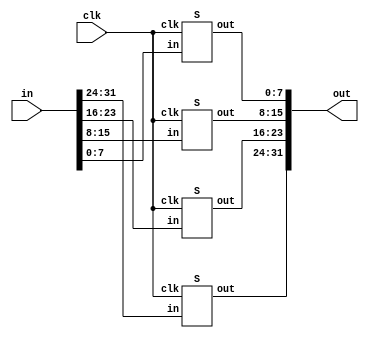
/*
 * Copyright 2012, Homer Hsing <homer.hsing@gmail.com>
 *
 * Licensed under the Apache License, Version 2.0 (the "License");
 * you may not use this file except in compliance with the License.
 * You may obtain a copy of the License at
 *
 * http://www.apache.org/licenses/LICENSE-2.0
 *
 * Unless required by applicable law or agreed to in writing, software
 * distributed under the License is distributed on an "AS IS" BASIS,
 * WITHOUT WARRANTIES OR CONDITIONS OF ANY KIND, either express or implied.
 * See the License for the specific language governing permissions and
 * limitations under the License.
 */

 /* substitute four bytes in a word */
 module S4 (clk, in, out);
     input clk;
     input [31:0] in;
     output [31:0] out;

     S
         S_0 (clk, in[31:24], out[31:24]),
         S_1 (clk, in[23:16], out[23:16]),
         S_2 (clk, in[15:8],  out[15:8] ),
         S_3 (clk, in[7:0],   out[7:0]  );
 endmodule

module aes_128(clk, state, key, out);
    input          clk;
    input  [127:0] state, key;
    output [127:0] out;
    reg    [127:0] s0, k0;
    wire   [127:0] s1, s2, s3, s4, s5, s6, s7, s8, s9,
                   k1, k2, k3, k4, k5, k6, k7, k8, k9,
                   k0b, k1b, k2b, k3b, k4b, k5b, k6b, k7b, k8b, k9b;

    always @ (posedge clk)
      begin
        s0 <= state ^ key;
        k0 <= key;
      end

    expand_key_128
        a1 (clk, k0, k1, k0b, 8'h1),
        a2 (clk, k1, k2, k1b, 8'h2),
        a3 (clk, k2, k3, k2b, 8'h4),
        a4 (clk, k3, k4, k3b, 8'h8),
        a5 (clk, k4, k5, k4b, 8'h10),
        a6 (clk, k5, k6, k5b, 8'h20),
        a7 (clk, k6, k7, k6b, 8'h40),
        a8 (clk, k7, k8, k7b, 8'h80),
        a9 (clk, k8, k9, k8b, 8'h1b),
       a10 (clk, k9,   , k9b, 8'h36);

    one_round
        r1 (clk, s0, k0b, s1),
        r2 (clk, s1, k1b, s2),
        r3 (clk, s2, k2b, s3),
        r4 (clk, s3, k3b, s4),
        r5 (clk, s4, k4b, s5),
        r6 (clk, s5, k5b, s6),
        r7 (clk, s6, k6b, s7),
        r8 (clk, s7, k7b, s8),
        r9 (clk, s8, k8b, s9);

    final_round
        rf (clk, s9, k9b, out);
endmodule

module expand_key_128(clk, in, out_1, out_2, rcon);
    input              clk;
    input      [127:0] in;
    input      [7:0]   rcon;
    output reg [127:0] out_1;
    output     [127:0] out_2;
    wire       [31:0]  k0, k1, k2, k3,
                       v0, v1, v2, v3;
    reg        [31:0]  k0a, k1a, k2a, k3a;
    wire       [31:0]  k0b, k1b, k2b, k3b, k4a;

    assign {k0, k1, k2, k3} = in;
    
    assign v0 = {k0[31:24] ^ rcon, k0[23:0]};
    assign v1 = v0 ^ k1;
    assign v2 = v1 ^ k2;
    assign v3 = v2 ^ k3;

    always @ (posedge clk)
        {k0a, k1a, k2a, k3a} <= {v0, v1, v2, v3};

    S4
        S4_0 (clk, {k3[23:0], k3[31:24]}, k4a);

    assign k0b = k0a ^ k4a;
    assign k1b = k1a ^ k4a;
    assign k2b = k2a ^ k4a;
    assign k3b = k3a ^ k4a;

    always @ (posedge clk)
        out_1 <= {k0b, k1b, k2b, k3b};

    assign out_2 = {k0b, k1b, k2b, k3b};
endmodule

/*
 * Copyright 2012, Homer Hsing <homer.hsing@gmail.com>
 *
 * Licensed under the Apache License, Version 2.0 (the "License");
 * you may not use this file except in compliance with the License.
 * You may obtain a copy of the License at
 *
 * http://www.apache.org/licenses/LICENSE-2.0
 *
 * Unless required by applicable law or agreed to in writing, software
 * distributed under the License is distributed on an "AS IS" BASIS,
 * WITHOUT WARRANTIES OR CONDITIONS OF ANY KIND, either express or implied.
 * See the License for the specific language governing permissions and
 * limitations under the License.
 */

/* one AES round for every two clock cycles */
module one_round (clk, state_in, key, state_out);
    input              clk;
    input      [127:0] state_in, key;
    output reg [127:0] state_out;
    wire       [31:0]  s0,  s1,  s2,  s3,
                       z0,  z1,  z2,  z3,
                       p00, p01, p02, p03,
                       p10, p11, p12, p13,
                       p20, p21, p22, p23,
                       p30, p31, p32, p33,
                       k0,  k1,  k2,  k3;

    assign {k0, k1, k2, k3} = key;

    assign {s0, s1, s2, s3} = state_in;

    table_lookup
        t0 (clk, s0, p00, p01, p02, p03),
        t1 (clk, s1, p10, p11, p12, p13),
        t2 (clk, s2, p20, p21, p22, p23),
        t3 (clk, s3, p30, p31, p32, p33);

    assign z0 = p00 ^ p11 ^ p22 ^ p33 ^ k0;
    assign z1 = p03 ^ p10 ^ p21 ^ p32 ^ k1;
    assign z2 = p02 ^ p13 ^ p20 ^ p31 ^ k2;
    assign z3 = p01 ^ p12 ^ p23 ^ p30 ^ k3;

    always @ (posedge clk)
        state_out <= {z0, z1, z2, z3};
endmodule

/* AES final round for every two clock cycles */
module final_round (clk, state_in, key_in, state_out);
    input              clk;
    input      [127:0] state_in;
    input      [127:0] key_in;
    output reg [127:0] state_out;
    wire [31:0] s0,  s1,  s2,  s3,
                z0,  z1,  z2,  z3,
                k0,  k1,  k2,  k3;
    wire [7:0]  p00, p01, p02, p03,
                p10, p11, p12, p13,
                p20, p21, p22, p23,
                p30, p31, p32, p33;
    
    assign {k0, k1, k2, k3} = key_in;
    
    assign {s0, s1, s2, s3} = state_in;

    S4
        S4_1 (clk, s0, {p00, p01, p02, p03}),
        S4_2 (clk, s1, {p10, p11, p12, p13}),
        S4_3 (clk, s2, {p20, p21, p22, p23}),
        S4_4 (clk, s3, {p30, p31, p32, p33});

    assign z0 = {p00, p11, p22, p33} ^ k0;
    assign z1 = {p10, p21, p32, p03} ^ k1;
    assign z2 = {p20, p31, p02, p13} ^ k2;
    assign z3 = {p30, p01, p12, p23} ^ k3;

    always @ (posedge clk)
        state_out <= {z0, z1, z2, z3};
endmodule

/*
 * Copyright 2012, Homer Hsing <homer.hsing@gmail.com>
 *
 * Licensed under the Apache License, Version 2.0 (the "License");
 * you may not use this file except in compliance with the License.
 * You may obtain a copy of the License at
 *
 * http://www.apache.org/licenses/LICENSE-2.0
 *
 * Unless required by applicable law or agreed to in writing, software
 * distributed under the License is distributed on an "AS IS" BASIS,
 * WITHOUT WARRANTIES OR CONDITIONS OF ANY KIND, either express or implied.
 * See the License for the specific language governing permissions and
 * limitations under the License.
 */

module table_lookup (clk, state, p0, p1, p2, p3);
    input clk;
    input [31:0] state;
    output [31:0] p0, p1, p2, p3;
    wire [7:0] b0, b1, b2, b3;
    
    assign {b0, b1, b2, b3} = state;
    T
        t0 (clk, b0, {p0[23:0], p0[31:24]}),
        t1 (clk, b1, {p1[15:0], p1[31:16]}),
        t2 (clk, b2, {p2[7:0],  p2[31:8]} ),
        t3 (clk, b3, p3);
endmodule

/* S_box, S_box, S_box*(x+1), S_box*x */
module T (clk, in, out);
    input         clk;
    input  [7:0]  in;
    output [31:0] out;
    
    S
        s0 (clk, in, out[31:24]);
    assign out[23:16] = out[31:24];
    xS
        s4 (clk, in, out[7:0]);
    assign out[15:8] = out[23:16] ^ out[7:0];
endmodule

/* S box */
module S (clk, in, out);
    input clk;
    input [7:0] in;
    output reg [7:0] out;

    always @ (posedge clk)
    case (in)
    8'h00: out <= 8'h63;
    8'h01: out <= 8'h7c;
    8'h02: out <= 8'h77;
    8'h03: out <= 8'h7b;
    8'h04: out <= 8'hf2;
    8'h05: out <= 8'h6b;
    8'h06: out <= 8'h6f;
    8'h07: out <= 8'hc5;
    8'h08: out <= 8'h30;
    8'h09: out <= 8'h01;
    8'h0a: out <= 8'h67;
    8'h0b: out <= 8'h2b;
    8'h0c: out <= 8'hfe;
    8'h0d: out <= 8'hd7;
    8'h0e: out <= 8'hab;
    8'h0f: out <= 8'h76;
    8'h10: out <= 8'hca;
    8'h11: out <= 8'h82;
    8'h12: out <= 8'hc9;
    8'h13: out <= 8'h7d;
    8'h14: out <= 8'hfa;
    8'h15: out <= 8'h59;
    8'h16: out <= 8'h47;
    8'h17: out <= 8'hf0;
    8'h18: out <= 8'had;
    8'h19: out <= 8'hd4;
    8'h1a: out <= 8'ha2;
    8'h1b: out <= 8'haf;
    8'h1c: out <= 8'h9c;
    8'h1d: out <= 8'ha4;
    8'h1e: out <= 8'h72;
    8'h1f: out <= 8'hc0;
    8'h20: out <= 8'hb7;
    8'h21: out <= 8'hfd;
    8'h22: out <= 8'h93;
    8'h23: out <= 8'h26;
    8'h24: out <= 8'h36;
    8'h25: out <= 8'h3f;
    8'h26: out <= 8'hf7;
    8'h27: out <= 8'hcc;
    8'h28: out <= 8'h34;
    8'h29: out <= 8'ha5;
    8'h2a: out <= 8'he5;
    8'h2b: out <= 8'hf1;
    8'h2c: out <= 8'h71;
    8'h2d: out <= 8'hd8;
    8'h2e: out <= 8'h31;
    8'h2f: out <= 8'h15;
    8'h30: out <= 8'h04;
    8'h31: out <= 8'hc7;
    8'h32: out <= 8'h23;
    8'h33: out <= 8'hc3;
    8'h34: out <= 8'h18;
    8'h35: out <= 8'h96;
    8'h36: out <= 8'h05;
    8'h37: out <= 8'h9a;
    8'h38: out <= 8'h07;
    8'h39: out <= 8'h12;
    8'h3a: out <= 8'h80;
    8'h3b: out <= 8'he2;
    8'h3c: out <= 8'heb;
    8'h3d: out <= 8'h27;
    8'h3e: out <= 8'hb2;
    8'h3f: out <= 8'h75;
    8'h40: out <= 8'h09;
    8'h41: out <= 8'h83;
    8'h42: out <= 8'h2c;
    8'h43: out <= 8'h1a;
    8'h44: out <= 8'h1b;
    8'h45: out <= 8'h6e;
    8'h46: out <= 8'h5a;
    8'h47: out <= 8'ha0;
    8'h48: out <= 8'h52;
    8'h49: out <= 8'h3b;
    8'h4a: out <= 8'hd6;
    8'h4b: out <= 8'hb3;
    8'h4c: out <= 8'h29;
    8'h4d: out <= 8'he3;
    8'h4e: out <= 8'h2f;
    8'h4f: out <= 8'h84;
    8'h50: out <= 8'h53;
    8'h51: out <= 8'hd1;
    8'h52: out <= 8'h00;
    8'h53: out <= 8'hed;
    8'h54: out <= 8'h20;
    8'h55: out <= 8'hfc;
    8'h56: out <= 8'hb1;
    8'h57: out <= 8'h5b;
    8'h58: out <= 8'h6a;
    8'h59: out <= 8'hcb;
    8'h5a: out <= 8'hbe;
    8'h5b: out <= 8'h39;
    8'h5c: out <= 8'h4a;
    8'h5d: out <= 8'h4c;
    8'h5e: out <= 8'h58;
    8'h5f: out <= 8'hcf;
    8'h60: out <= 8'hd0;
    8'h61: out <= 8'hef;
    8'h62: out <= 8'haa;
    8'h63: out <= 8'hfb;
    8'h64: out <= 8'h43;
    8'h65: out <= 8'h4d;
    8'h66: out <= 8'h33;
    8'h67: out <= 8'h85;
    8'h68: out <= 8'h45;
    8'h69: out <= 8'hf9;
    8'h6a: out <= 8'h02;
    8'h6b: out <= 8'h7f;
    8'h6c: out <= 8'h50;
    8'h6d: out <= 8'h3c;
    8'h6e: out <= 8'h9f;
    8'h6f: out <= 8'ha8;
    8'h70: out <= 8'h51;
    8'h71: out <= 8'ha3;
    8'h72: out <= 8'h40;
    8'h73: out <= 8'h8f;
    8'h74: out <= 8'h92;
    8'h75: out <= 8'h9d;
    8'h76: out <= 8'h38;
    8'h77: out <= 8'hf5;
    8'h78: out <= 8'hbc;
    8'h79: out <= 8'hb6;
    8'h7a: out <= 8'hda;
    8'h7b: out <= 8'h21;
    8'h7c: out <= 8'h10;
    8'h7d: out <= 8'hff;
    8'h7e: out <= 8'hf3;
    8'h7f: out <= 8'hd2;
    8'h80: out <= 8'hcd;
    8'h81: out <= 8'h0c;
    8'h82: out <= 8'h13;
    8'h83: out <= 8'hec;
    8'h84: out <= 8'h5f;
    8'h85: out <= 8'h97;
    8'h86: out <= 8'h44;
    8'h87: out <= 8'h17;
    8'h88: out <= 8'hc4;
    8'h89: out <= 8'ha7;
    8'h8a: out <= 8'h7e;
    8'h8b: out <= 8'h3d;
    8'h8c: out <= 8'h64;
    8'h8d: out <= 8'h5d;
    8'h8e: out <= 8'h19;
    8'h8f: out <= 8'h73;
    8'h90: out <= 8'h60;
    8'h91: out <= 8'h81;
    8'h92: out <= 8'h4f;
    8'h93: out <= 8'hdc;
    8'h94: out <= 8'h22;
    8'h95: out <= 8'h2a;
    8'h96: out <= 8'h90;
    8'h97: out <= 8'h88;
    8'h98: out <= 8'h46;
    8'h99: out <= 8'hee;
    8'h9a: out <= 8'hb8;
    8'h9b: out <= 8'h14;
    8'h9c: out <= 8'hde;
    8'h9d: out <= 8'h5e;
    8'h9e: out <= 8'h0b;
    8'h9f: out <= 8'hdb;
    8'ha0: out <= 8'he0;
    8'ha1: out <= 8'h32;
    8'ha2: out <= 8'h3a;
    8'ha3: out <= 8'h0a;
    8'ha4: out <= 8'h49;
    8'ha5: out <= 8'h06;
    8'ha6: out <= 8'h24;
    8'ha7: out <= 8'h5c;
    8'ha8: out <= 8'hc2;
    8'ha9: out <= 8'hd3;
    8'haa: out <= 8'hac;
    8'hab: out <= 8'h62;
    8'hac: out <= 8'h91;
    8'had: out <= 8'h95;
    8'hae: out <= 8'he4;
    8'haf: out <= 8'h79;
    8'hb0: out <= 8'he7;
    8'hb1: out <= 8'hc8;
    8'hb2: out <= 8'h37;
    8'hb3: out <= 8'h6d;
    8'hb4: out <= 8'h8d;
    8'hb5: out <= 8'hd5;
    8'hb6: out <= 8'h4e;
    8'hb7: out <= 8'ha9;
    8'hb8: out <= 8'h6c;
    8'hb9: out <= 8'h56;
    8'hba: out <= 8'hf4;
    8'hbb: out <= 8'hea;
    8'hbc: out <= 8'h65;
    8'hbd: out <= 8'h7a;
    8'hbe: out <= 8'hae;
    8'hbf: out <= 8'h08;
    8'hc0: out <= 8'hba;
    8'hc1: out <= 8'h78;
    8'hc2: out <= 8'h25;
    8'hc3: out <= 8'h2e;
    8'hc4: out <= 8'h1c;
    8'hc5: out <= 8'ha6;
    8'hc6: out <= 8'hb4;
    8'hc7: out <= 8'hc6;
    8'hc8: out <= 8'he8;
    8'hc9: out <= 8'hdd;
    8'hca: out <= 8'h74;
    8'hcb: out <= 8'h1f;
    8'hcc: out <= 8'h4b;
    8'hcd: out <= 8'hbd;
    8'hce: out <= 8'h8b;
    8'hcf: out <= 8'h8a;
    8'hd0: out <= 8'h70;
    8'hd1: out <= 8'h3e;
    8'hd2: out <= 8'hb5;
    8'hd3: out <= 8'h66;
    8'hd4: out <= 8'h48;
    8'hd5: out <= 8'h03;
    8'hd6: out <= 8'hf6;
    8'hd7: out <= 8'h0e;
    8'hd8: out <= 8'h61;
    8'hd9: out <= 8'h35;
    8'hda: out <= 8'h57;
    8'hdb: out <= 8'hb9;
    8'hdc: out <= 8'h86;
    8'hdd: out <= 8'hc1;
    8'hde: out <= 8'h1d;
    8'hdf: out <= 8'h9e;
    8'he0: out <= 8'he1;
    8'he1: out <= 8'hf8;
    8'he2: out <= 8'h98;
    8'he3: out <= 8'h11;
    8'he4: out <= 8'h69;
    8'he5: out <= 8'hd9;
    8'he6: out <= 8'h8e;
    8'he7: out <= 8'h94;
    8'he8: out <= 8'h9b;
    8'he9: out <= 8'h1e;
    8'hea: out <= 8'h87;
    8'heb: out <= 8'he9;
    8'hec: out <= 8'hce;
    8'hed: out <= 8'h55;
    8'hee: out <= 8'h28;
    8'hef: out <= 8'hdf;
    8'hf0: out <= 8'h8c;
    8'hf1: out <= 8'ha1;
    8'hf2: out <= 8'h89;
    8'hf3: out <= 8'h0d;
    8'hf4: out <= 8'hbf;
    8'hf5: out <= 8'he6;
    8'hf6: out <= 8'h42;
    8'hf7: out <= 8'h68;
    8'hf8: out <= 8'h41;
    8'hf9: out <= 8'h99;
    8'hfa: out <= 8'h2d;
    8'hfb: out <= 8'h0f;
    8'hfc: out <= 8'hb0;
    8'hfd: out <= 8'h54;
    8'hfe: out <= 8'hbb;
    8'hff: out <= 8'h16;
    endcase
endmodule

/* S box * x */
module xS (clk, in, out);
    input clk;
    input [7:0] in;
    output reg [7:0] out;

    always @ (posedge clk)
    case (in)
    8'h00: out <= 8'hc6;
    8'h01: out <= 8'hf8;
    8'h02: out <= 8'hee;
    8'h03: out <= 8'hf6;
    8'h04: out <= 8'hff;
    8'h05: out <= 8'hd6;
    8'h06: out <= 8'hde;
    8'h07: out <= 8'h91;
    8'h08: out <= 8'h60;
    8'h09: out <= 8'h02;
    8'h0a: out <= 8'hce;
    8'h0b: out <= 8'h56;
    8'h0c: out <= 8'he7;
    8'h0d: out <= 8'hb5;
    8'h0e: out <= 8'h4d;
    8'h0f: out <= 8'hec;
    8'h10: out <= 8'h8f;
    8'h11: out <= 8'h1f;
    8'h12: out <= 8'h89;
    8'h13: out <= 8'hfa;
    8'h14: out <= 8'hef;
    8'h15: out <= 8'hb2;
    8'h16: out <= 8'h8e;
    8'h17: out <= 8'hfb;
    8'h18: out <= 8'h41;
    8'h19: out <= 8'hb3;
    8'h1a: out <= 8'h5f;
    8'h1b: out <= 8'h45;
    8'h1c: out <= 8'h23;
    8'h1d: out <= 8'h53;
    8'h1e: out <= 8'he4;
    8'h1f: out <= 8'h9b;
    8'h20: out <= 8'h75;
    8'h21: out <= 8'he1;
    8'h22: out <= 8'h3d;
    8'h23: out <= 8'h4c;
    8'h24: out <= 8'h6c;
    8'h25: out <= 8'h7e;
    8'h26: out <= 8'hf5;
    8'h27: out <= 8'h83;
    8'h28: out <= 8'h68;
    8'h29: out <= 8'h51;
    8'h2a: out <= 8'hd1;
    8'h2b: out <= 8'hf9;
    8'h2c: out <= 8'he2;
    8'h2d: out <= 8'hab;
    8'h2e: out <= 8'h62;
    8'h2f: out <= 8'h2a;
    8'h30: out <= 8'h08;
    8'h31: out <= 8'h95;
    8'h32: out <= 8'h46;
    8'h33: out <= 8'h9d;
    8'h34: out <= 8'h30;
    8'h35: out <= 8'h37;
    8'h36: out <= 8'h0a;
    8'h37: out <= 8'h2f;
    8'h38: out <= 8'h0e;
    8'h39: out <= 8'h24;
    8'h3a: out <= 8'h1b;
    8'h3b: out <= 8'hdf;
    8'h3c: out <= 8'hcd;
    8'h3d: out <= 8'h4e;
    8'h3e: out <= 8'h7f;
    8'h3f: out <= 8'hea;
    8'h40: out <= 8'h12;
    8'h41: out <= 8'h1d;
    8'h42: out <= 8'h58;
    8'h43: out <= 8'h34;
    8'h44: out <= 8'h36;
    8'h45: out <= 8'hdc;
    8'h46: out <= 8'hb4;
    8'h47: out <= 8'h5b;
    8'h48: out <= 8'ha4;
    8'h49: out <= 8'h76;
    8'h4a: out <= 8'hb7;
    8'h4b: out <= 8'h7d;
    8'h4c: out <= 8'h52;
    8'h4d: out <= 8'hdd;
    8'h4e: out <= 8'h5e;
    8'h4f: out <= 8'h13;
    8'h50: out <= 8'ha6;
    8'h51: out <= 8'hb9;
    8'h52: out <= 8'h00;
    8'h53: out <= 8'hc1;
    8'h54: out <= 8'h40;
    8'h55: out <= 8'he3;
    8'h56: out <= 8'h79;
    8'h57: out <= 8'hb6;
    8'h58: out <= 8'hd4;
    8'h59: out <= 8'h8d;
    8'h5a: out <= 8'h67;
    8'h5b: out <= 8'h72;
    8'h5c: out <= 8'h94;
    8'h5d: out <= 8'h98;
    8'h5e: out <= 8'hb0;
    8'h5f: out <= 8'h85;
    8'h60: out <= 8'hbb;
    8'h61: out <= 8'hc5;
    8'h62: out <= 8'h4f;
    8'h63: out <= 8'hed;
    8'h64: out <= 8'h86;
    8'h65: out <= 8'h9a;
    8'h66: out <= 8'h66;
    8'h67: out <= 8'h11;
    8'h68: out <= 8'h8a;
    8'h69: out <= 8'he9;
    8'h6a: out <= 8'h04;
    8'h6b: out <= 8'hfe;
    8'h6c: out <= 8'ha0;
    8'h6d: out <= 8'h78;
    8'h6e: out <= 8'h25;
    8'h6f: out <= 8'h4b;
    8'h70: out <= 8'ha2;
    8'h71: out <= 8'h5d;
    8'h72: out <= 8'h80;
    8'h73: out <= 8'h05;
    8'h74: out <= 8'h3f;
    8'h75: out <= 8'h21;
    8'h76: out <= 8'h70;
    8'h77: out <= 8'hf1;
    8'h78: out <= 8'h63;
    8'h79: out <= 8'h77;
    8'h7a: out <= 8'haf;
    8'h7b: out <= 8'h42;
    8'h7c: out <= 8'h20;
    8'h7d: out <= 8'he5;
    8'h7e: out <= 8'hfd;
    8'h7f: out <= 8'hbf;
    8'h80: out <= 8'h81;
    8'h81: out <= 8'h18;
    8'h82: out <= 8'h26;
    8'h83: out <= 8'hc3;
    8'h84: out <= 8'hbe;
    8'h85: out <= 8'h35;
    8'h86: out <= 8'h88;
    8'h87: out <= 8'h2e;
    8'h88: out <= 8'h93;
    8'h89: out <= 8'h55;
    8'h8a: out <= 8'hfc;
    8'h8b: out <= 8'h7a;
    8'h8c: out <= 8'hc8;
    8'h8d: out <= 8'hba;
    8'h8e: out <= 8'h32;
    8'h8f: out <= 8'he6;
    8'h90: out <= 8'hc0;
    8'h91: out <= 8'h19;
    8'h92: out <= 8'h9e;
    8'h93: out <= 8'ha3;
    8'h94: out <= 8'h44;
    8'h95: out <= 8'h54;
    8'h96: out <= 8'h3b;
    8'h97: out <= 8'h0b;
    8'h98: out <= 8'h8c;
    8'h99: out <= 8'hc7;
    8'h9a: out <= 8'h6b;
    8'h9b: out <= 8'h28;
    8'h9c: out <= 8'ha7;
    8'h9d: out <= 8'hbc;
    8'h9e: out <= 8'h16;
    8'h9f: out <= 8'had;
    8'ha0: out <= 8'hdb;
    8'ha1: out <= 8'h64;
    8'ha2: out <= 8'h74;
    8'ha3: out <= 8'h14;
    8'ha4: out <= 8'h92;
    8'ha5: out <= 8'h0c;
    8'ha6: out <= 8'h48;
    8'ha7: out <= 8'hb8;
    8'ha8: out <= 8'h9f;
    8'ha9: out <= 8'hbd;
    8'haa: out <= 8'h43;
    8'hab: out <= 8'hc4;
    8'hac: out <= 8'h39;
    8'had: out <= 8'h31;
    8'hae: out <= 8'hd3;
    8'haf: out <= 8'hf2;
    8'hb0: out <= 8'hd5;
    8'hb1: out <= 8'h8b;
    8'hb2: out <= 8'h6e;
    8'hb3: out <= 8'hda;
    8'hb4: out <= 8'h01;
    8'hb5: out <= 8'hb1;
    8'hb6: out <= 8'h9c;
    8'hb7: out <= 8'h49;
    8'hb8: out <= 8'hd8;
    8'hb9: out <= 8'hac;
    8'hba: out <= 8'hf3;
    8'hbb: out <= 8'hcf;
    8'hbc: out <= 8'hca;
    8'hbd: out <= 8'hf4;
    8'hbe: out <= 8'h47;
    8'hbf: out <= 8'h10;
    8'hc0: out <= 8'h6f;
    8'hc1: out <= 8'hf0;
    8'hc2: out <= 8'h4a;
    8'hc3: out <= 8'h5c;
    8'hc4: out <= 8'h38;
    8'hc5: out <= 8'h57;
    8'hc6: out <= 8'h73;
    8'hc7: out <= 8'h97;
    8'hc8: out <= 8'hcb;
    8'hc9: out <= 8'ha1;
    8'hca: out <= 8'he8;
    8'hcb: out <= 8'h3e;
    8'hcc: out <= 8'h96;
    8'hcd: out <= 8'h61;
    8'hce: out <= 8'h0d;
    8'hcf: out <= 8'h0f;
    8'hd0: out <= 8'he0;
    8'hd1: out <= 8'h7c;
    8'hd2: out <= 8'h71;
    8'hd3: out <= 8'hcc;
    8'hd4: out <= 8'h90;
    8'hd5: out <= 8'h06;
    8'hd6: out <= 8'hf7;
    8'hd7: out <= 8'h1c;
    8'hd8: out <= 8'hc2;
    8'hd9: out <= 8'h6a;
    8'hda: out <= 8'hae;
    8'hdb: out <= 8'h69;
    8'hdc: out <= 8'h17;
    8'hdd: out <= 8'h99;
    8'hde: out <= 8'h3a;
    8'hdf: out <= 8'h27;
    8'he0: out <= 8'hd9;
    8'he1: out <= 8'heb;
    8'he2: out <= 8'h2b;
    8'he3: out <= 8'h22;
    8'he4: out <= 8'hd2;
    8'he5: out <= 8'ha9;
    8'he6: out <= 8'h07;
    8'he7: out <= 8'h33;
    8'he8: out <= 8'h2d;
    8'he9: out <= 8'h3c;
    8'hea: out <= 8'h15;
    8'heb: out <= 8'hc9;
    8'hec: out <= 8'h87;
    8'hed: out <= 8'haa;
    8'hee: out <= 8'h50;
    8'hef: out <= 8'ha5;
    8'hf0: out <= 8'h03;
    8'hf1: out <= 8'h59;
    8'hf2: out <= 8'h09;
    8'hf3: out <= 8'h1a;
    8'hf4: out <= 8'h65;
    8'hf5: out <= 8'hd7;
    8'hf6: out <= 8'h84;
    8'hf7: out <= 8'hd0;
    8'hf8: out <= 8'h82;
    8'hf9: out <= 8'h29;
    8'hfa: out <= 8'h5a;
    8'hfb: out <= 8'h1e;
    8'hfc: out <= 8'h7b;
    8'hfd: out <= 8'ha8;
    8'hfe: out <= 8'h6d;
    8'hff: out <= 8'h2c;
    endcase
endmodule